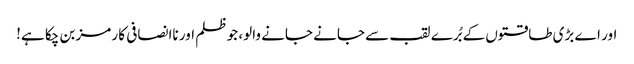
اور اے بڑی طاقتوں کے بُرے لقب سے جانے جانے والو، جو ظلم اور ناانصافی کا رمز بن چکا ہے!